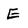
Character: E